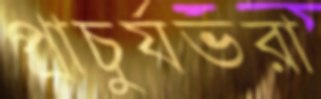
প্রাচুর্যভরা